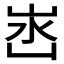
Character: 𭖛